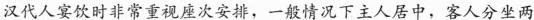
汉代人宴饮时非常重视座次安排，一般情况下主人居中，客人分坐两